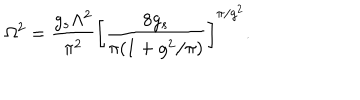
\Omega ^ { 2 } = \frac { g _ { s } \Lambda ^ { 2 } } { \pi ^ { 2 } } \left[ \frac { 8 g _ { s } } { \pi ( 1 + g ^ { 2 } / \pi ) } \right] ^ { \pi / g ^ { 2 } } .